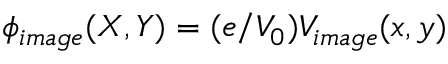
\phi _ { i m a g e } ( X , Y ) = ( e / V _ { 0 } ) V _ { i m a g e } ( x , y )